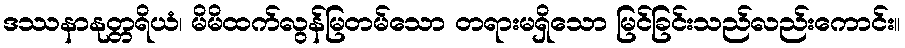
ဒဿနာနုတ္တရိယံ၊ မိမိထက်လွန်မြတမ်သော တရားမရှိသော မြင်ခြင်းသည်လည်းကောင်း။